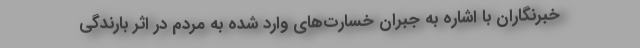
خبرنگاران با اشاره به جبران خسارت‌های وارد شده به مردم در اثر بارندگی